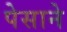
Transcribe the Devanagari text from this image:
पेसाने